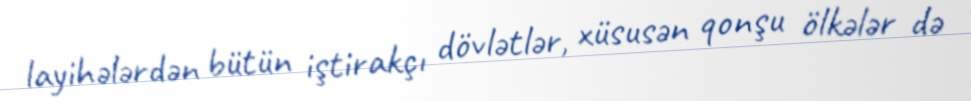
layihələrdən bütün iştirakçı dövlətlər, xüsusən qonşu ölkələr də